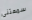
سمعتنى